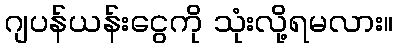
ဂျပန်ယန်းငွေကို သုံးလို့ရမလား။